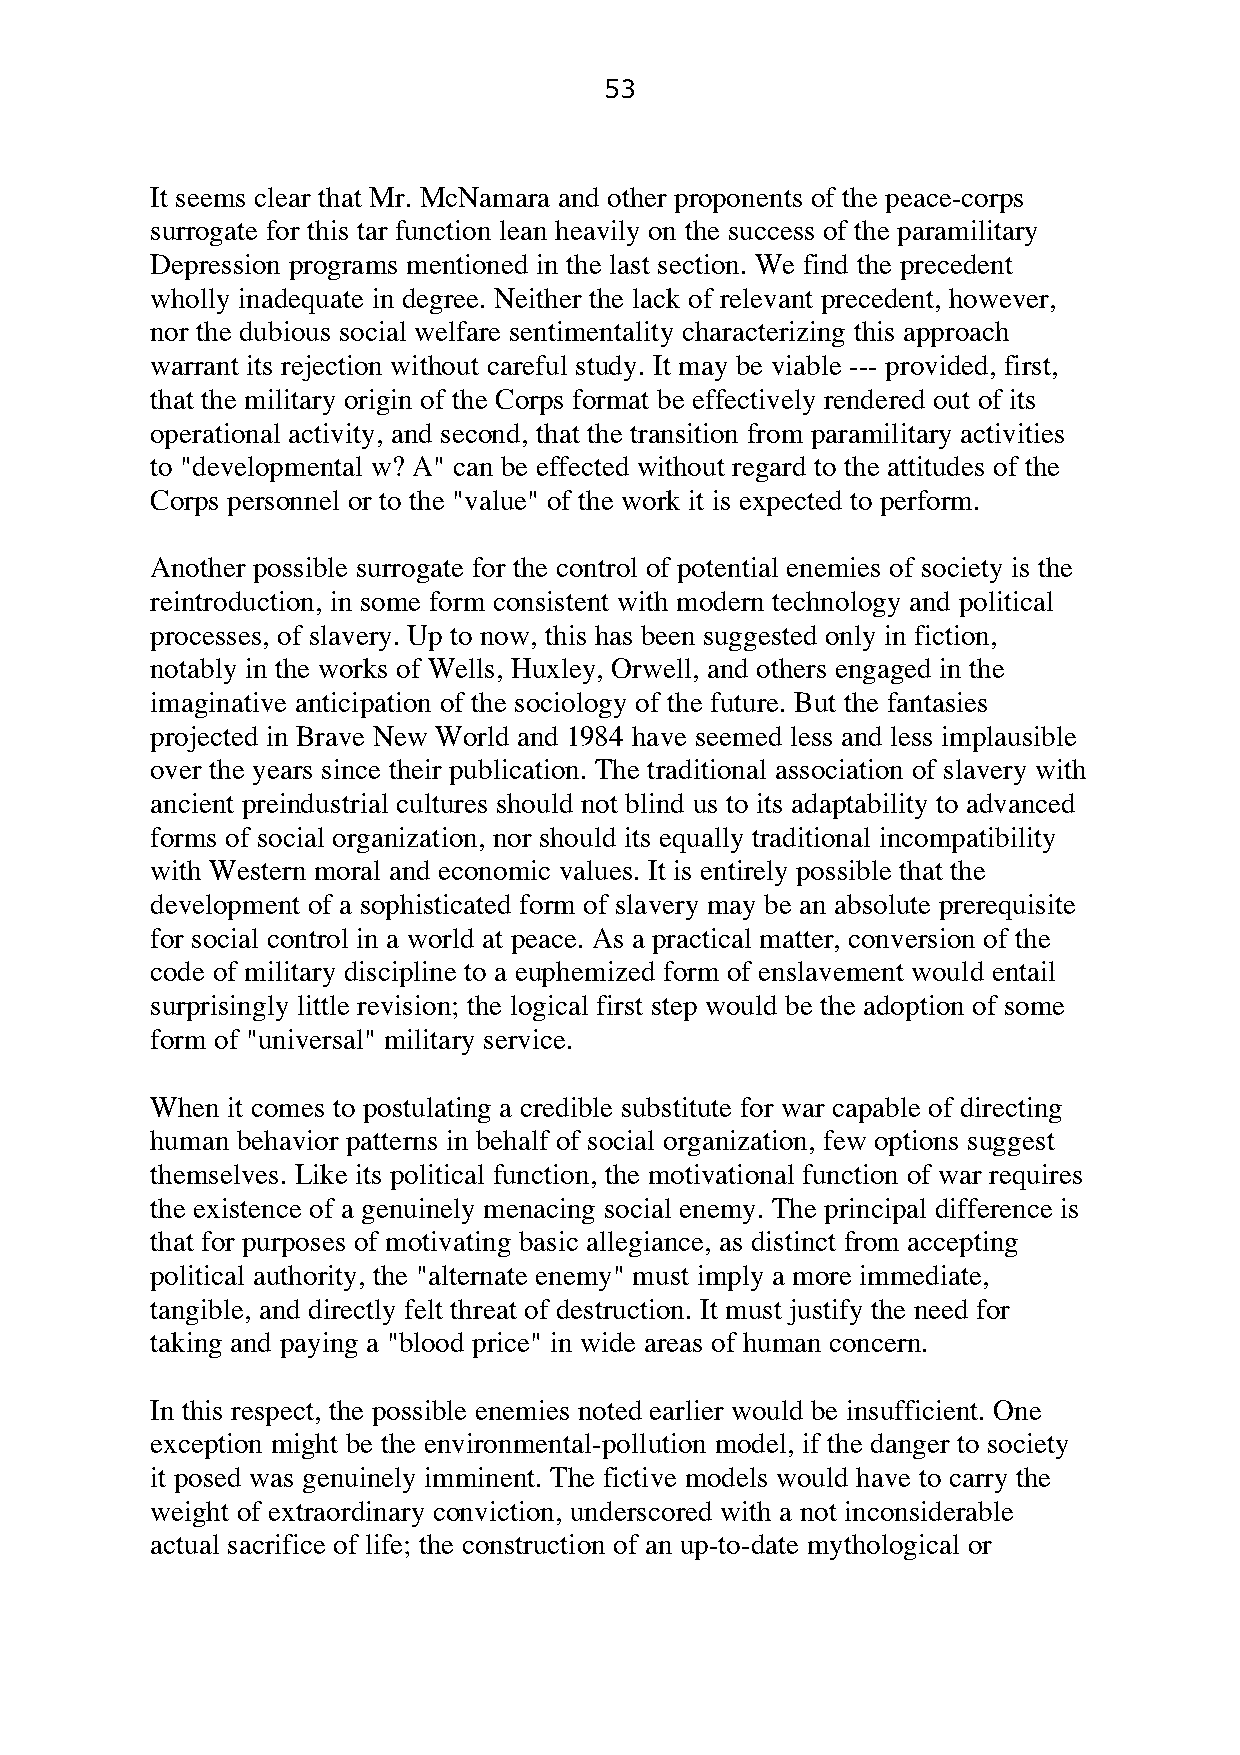
53
 It seems clear that Mr. McNamara and other proponents of the peace-corps
 surrogate for this tar function lean heavily on the success of the paramilitary
 Depression programs mentioned in the last section. We find the precedent
 wholly inadequate in degree. Neither the lack of relevant precedent, however,
 nor the dubious social welfare sentimentality characterizing this approach
 warrant its rejection without careful study. It may be viable --- provided, first,
 that the military origin of the Corps format be effectively rendered out of its
 operational activity, and second, that the transition from paramilitary activities
 to "developmental w? A" can be effected without regard to the attitudes of the
 Corps personnel or to the "value" of the work it is expected to perform.
 Another possible surrogate for the control of potential enemies of society is the
 reintroduction, in some form consistent with modern technology and political
 processes, of slavery. Up to now, this has been suggested only in fiction,
 notably in the works of Wells, Huxley, Orwell, and others engaged in the
 imaginative anticipation of the sociology of the future. But the fantasies
 projected in Brave New World and 1984 have seemed less and less implausible
 over the years since their publication. The traditional association of slavery with
 ancient preindustrial cultures should not blind us to its adaptability to advanced
 forms of social organization, nor should its equally traditional incompatibility
 with Western moral and economic values. It is entirely possible that the
 development of a sophisticated form of slavery may be an absolute prerequisite
 for social control in a world at peace. As a practical matter, conversion of the
 code of military discipline to a euphemized form of enslavement would entail
 surprisingly little revision; the logical first step would be the adoption of some
 form of "universal" military service.
 When it comes to postulating a credible substitute for war capable of directing
 human behavior patterns in behalf of social organization, few options suggest
 themselves. Like its political function, the motivational function of war requires
 the existence of a genuinely menacing social enemy. The principal difference is
 that for purposes of motivating basic allegiance, as distinct from accepting
 political authority, the "alternate enemy" must imply a more immediate,
 tangible, and directly felt threat of destruction. It must justify the need for
 taking and paying a "blood price" in wide areas of human concern.
 In this respect, the possible enemies noted earlier would be insufficient. One
 exception might be the environmental-pollution model, if the danger to society
 it posed was genuinely imminent. The fictive models would have to carry the
 weight of extraordinary conviction, underscored with a not inconsiderable
 actual sacrifice of life; the construction of an up-to-date mythological or